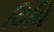
વિવિ